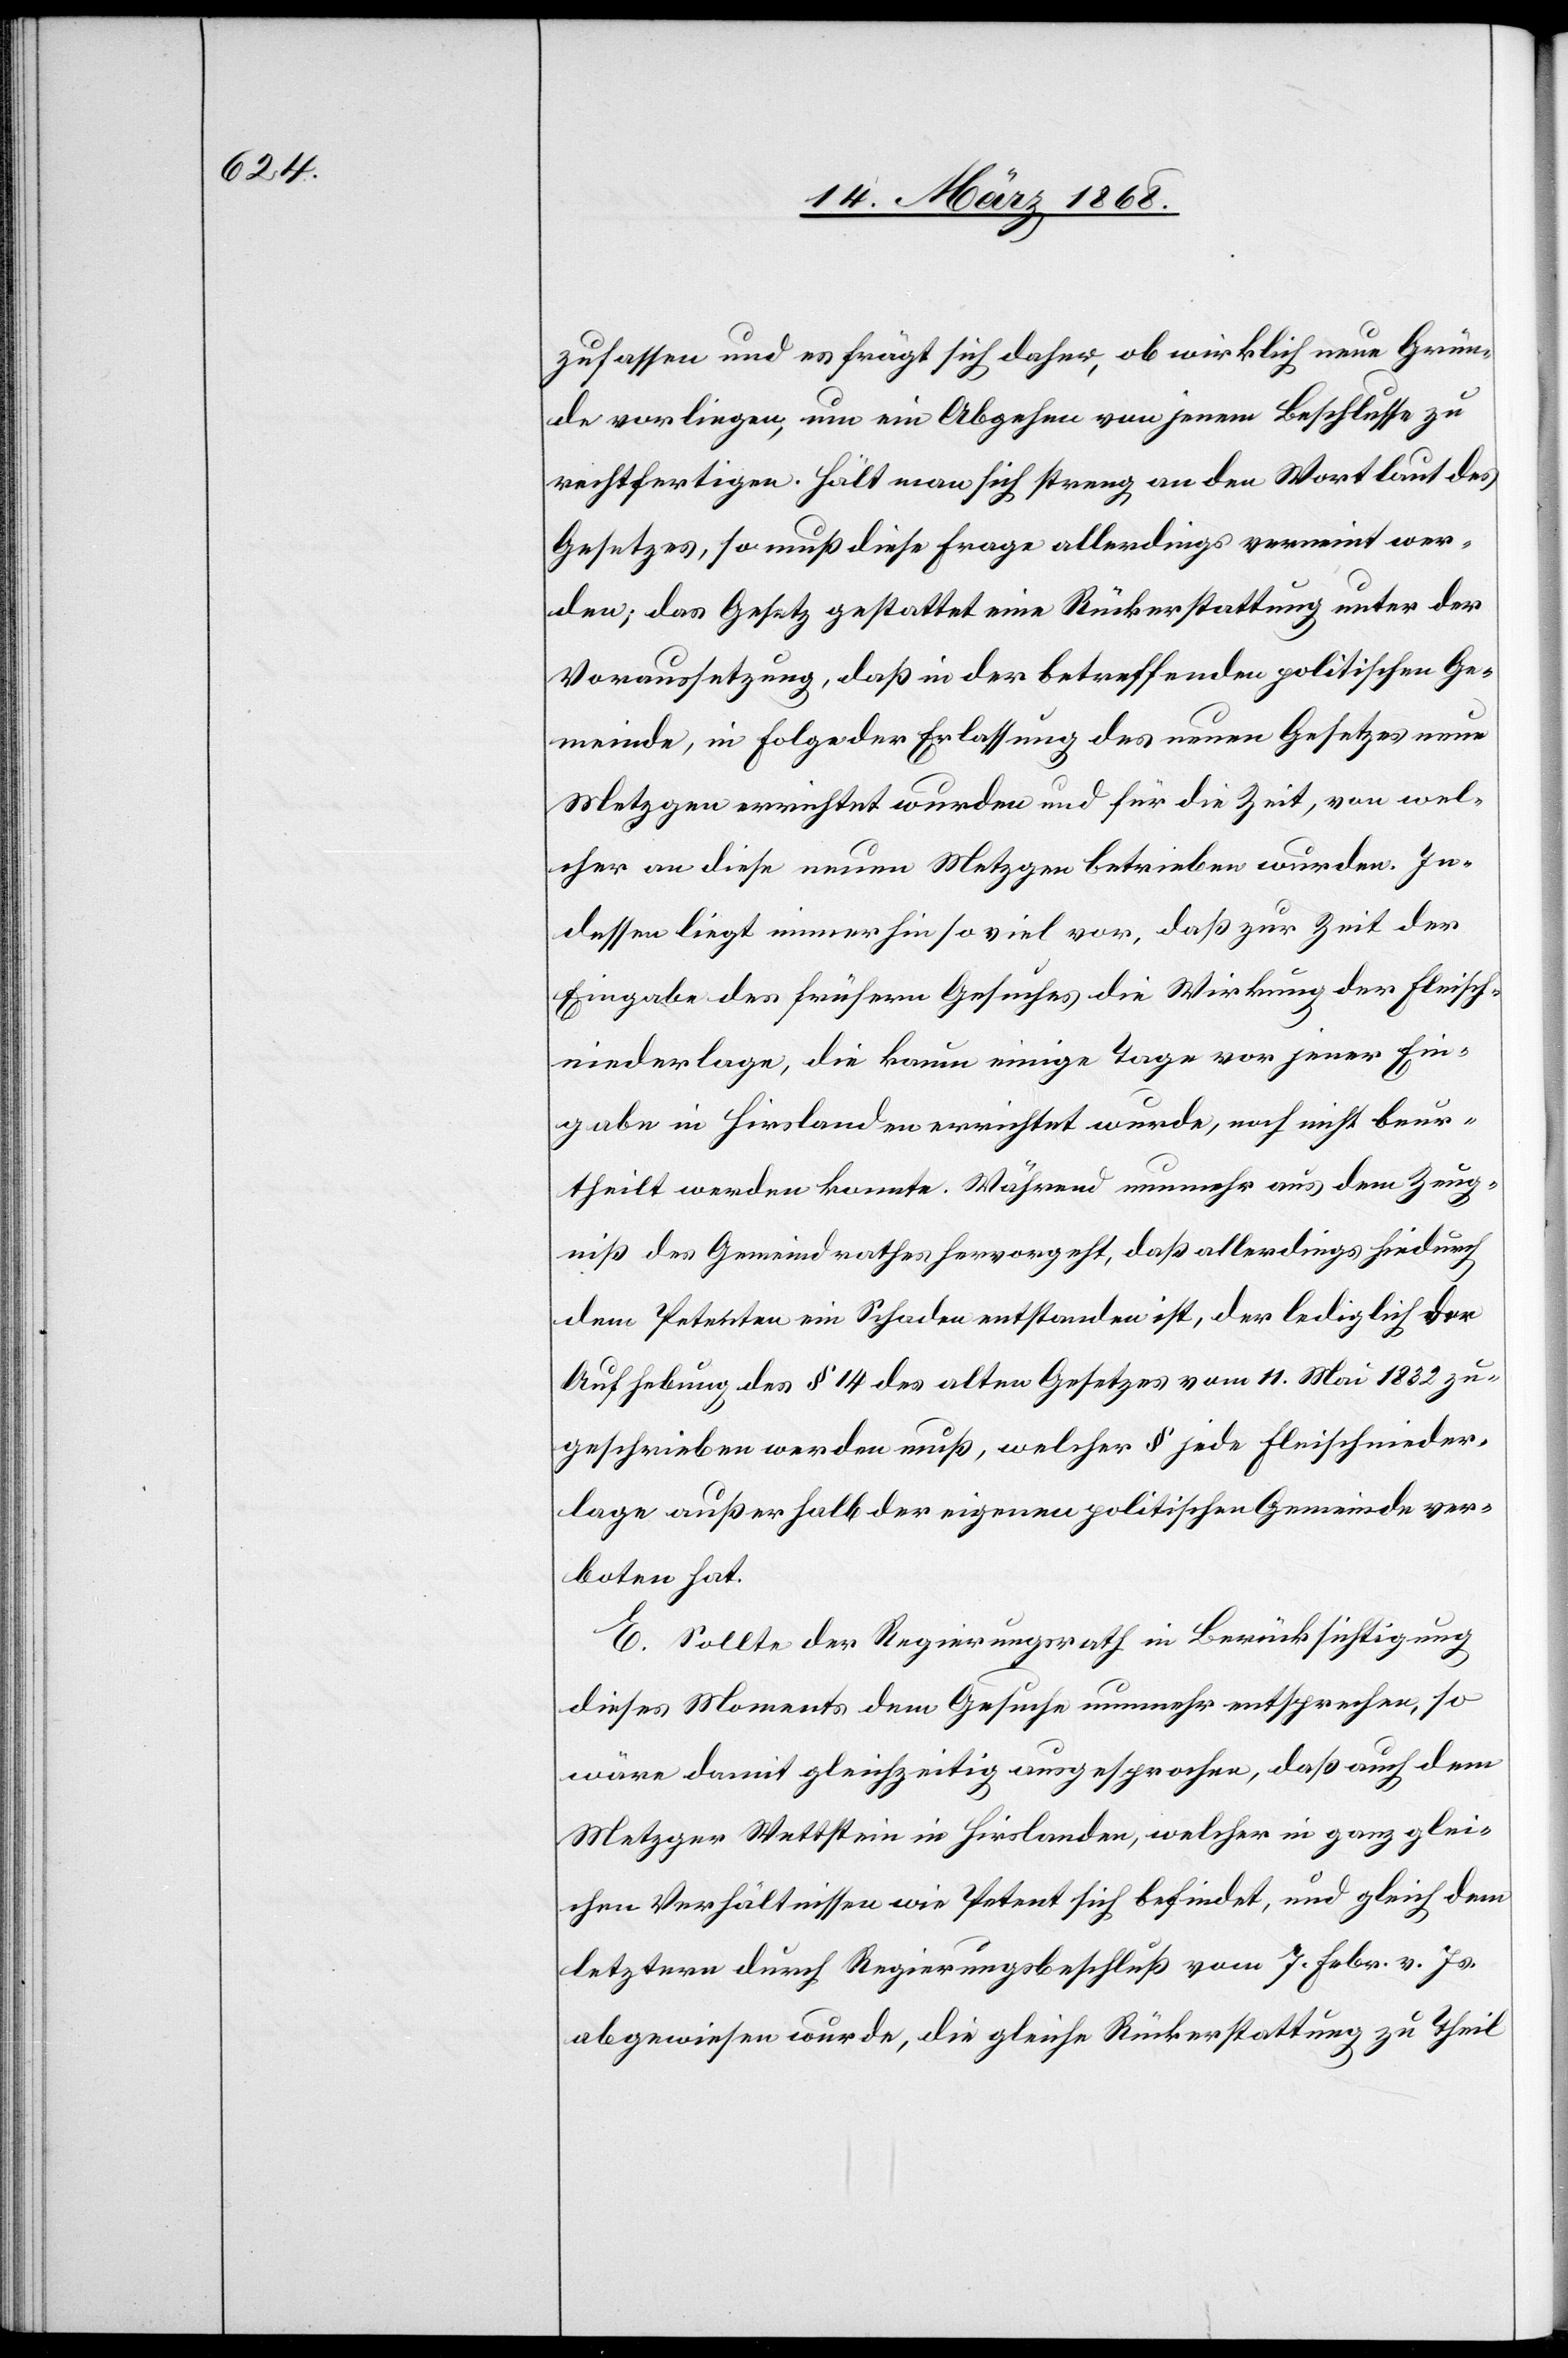
zufassen und es frägt sich daher, ob wirklich neue Grün¬
de vorliegen, um ein Abgehen von jenem Beschlusse zu
rechtfertigen. Hält man sich streng an den Wortlaut des
Gesetzes, so muß diese Frage allerdings verneint wer¬
den; das Gesetz gestattet eine Rückerstattung unter der
Voraussetzung, daß in der betreffenden politischen Ge¬
meinde, in Folge der Erlassung des neuen Gesetzes neue
Metzgen errichtet wurden und für die Zeit, von wel¬
cher an diese neuen Metzgen betrieben wurden. In¬
dessen liegt immerhin so viel vor, daß zur Zeit der
Eingabe des frühern Gesuches die Wirkung der Fleisch¬
niederlage, die kaum einige Tage vor jener Ein¬
gabe in Hirslanden errichtet wurde, noch nicht beur¬
theilt werden konnte. Während nunmehr aus dem Zeug¬
niß des Gemeindrathes hervorgeht, daß allerdings hiedurch
dem Petenten ein Schaden entstanden ist, der lediglich der
Aufhebung des § 14 des alten Gesetzes vom 11. Mai 1832 zu¬
geschrieben werden muß, welcher § jede Fleischnieder¬
lage außerhalb der eigenen politischen Gemeinde ver¬
boten hat.
E. Sollte der Regierungsrath in Berücksichtigung
dieses Moments dem Gesuche nunmehr entsprechen, so
wäre damit gleichzeitig ausgesprochen, daß auch dem
Metzger Wettstein in Hirslanden, welcher in ganz glei¬
chen Verhältnissen wie Petent sich befindet, und gleich dem
letztern durch Regierungsbeschluß vom 7. Febr. v. Js.
abgewiesen wurde, die gleiche Rückerstattung zu Theil